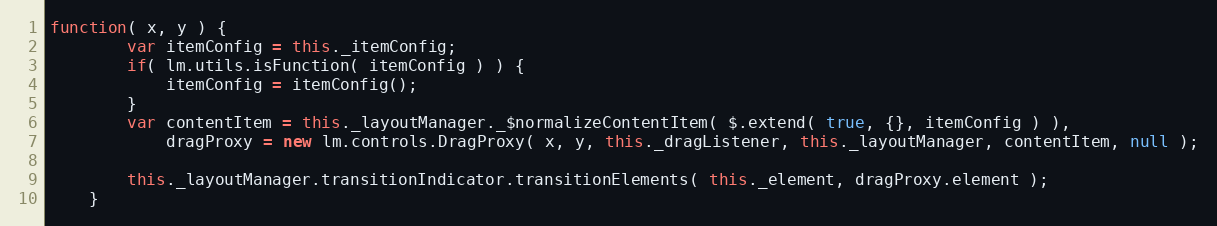
Language: JavaScript
function( x, y ) {
		var itemConfig = this._itemConfig;
		if( lm.utils.isFunction( itemConfig ) ) {
			itemConfig = itemConfig();
		}
		var contentItem = this._layoutManager._$normalizeContentItem( $.extend( true, {}, itemConfig ) ),
			dragProxy = new lm.controls.DragProxy( x, y, this._dragListener, this._layoutManager, contentItem, null );

		this._layoutManager.transitionIndicator.transitionElements( this._element, dragProxy.element );
	}